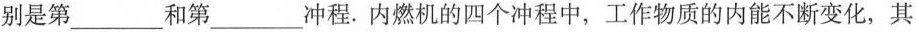
别是第___和第___冲程。内燃机的四个冲程中，工作物质的内能不断变化，其